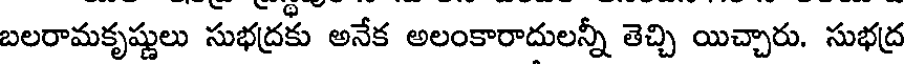
బలరామకృష్ణులు సుభద్రకు అనేక అలంకారాదులన్నీ తెచ్చి యిచ్చారు. సుభద్ర